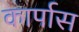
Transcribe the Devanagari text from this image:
कार्पास